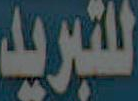
للتبريد